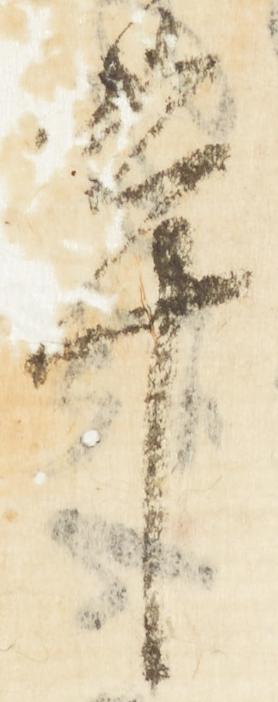
革